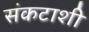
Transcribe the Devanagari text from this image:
संकटाशी